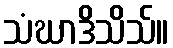
သံဃာဒိသိသ်။